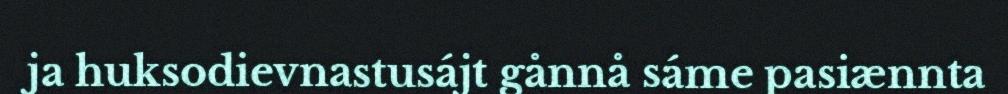
ja huksodievnastusájt gånnå sáme pasiænnta